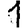
Digit: 1